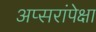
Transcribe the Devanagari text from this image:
अप्सरांपेक्षा